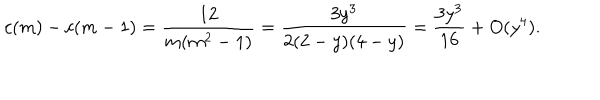
LaTeX: c ( m ) - c ( m - 1 ) = \frac { 1 2 } { m ( m ^ { 2 } - 1 ) } = \frac { 3 y ^ { 3 } } { 2 ( 2 - y ) ( 4 - y ) } = \frac { 3 y ^ { 3 } } { 1 6 } + O ( y ^ { 4 } ) .